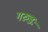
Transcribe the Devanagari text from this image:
गरुडः